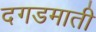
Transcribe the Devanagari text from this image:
दगडमाती